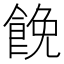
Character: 𩛟